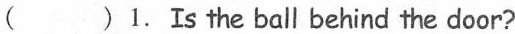
( ) 1. Is the ball behind the door?